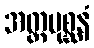
အတ္ထပုစ္ဆနံ